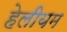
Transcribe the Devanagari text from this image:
हेलीयम